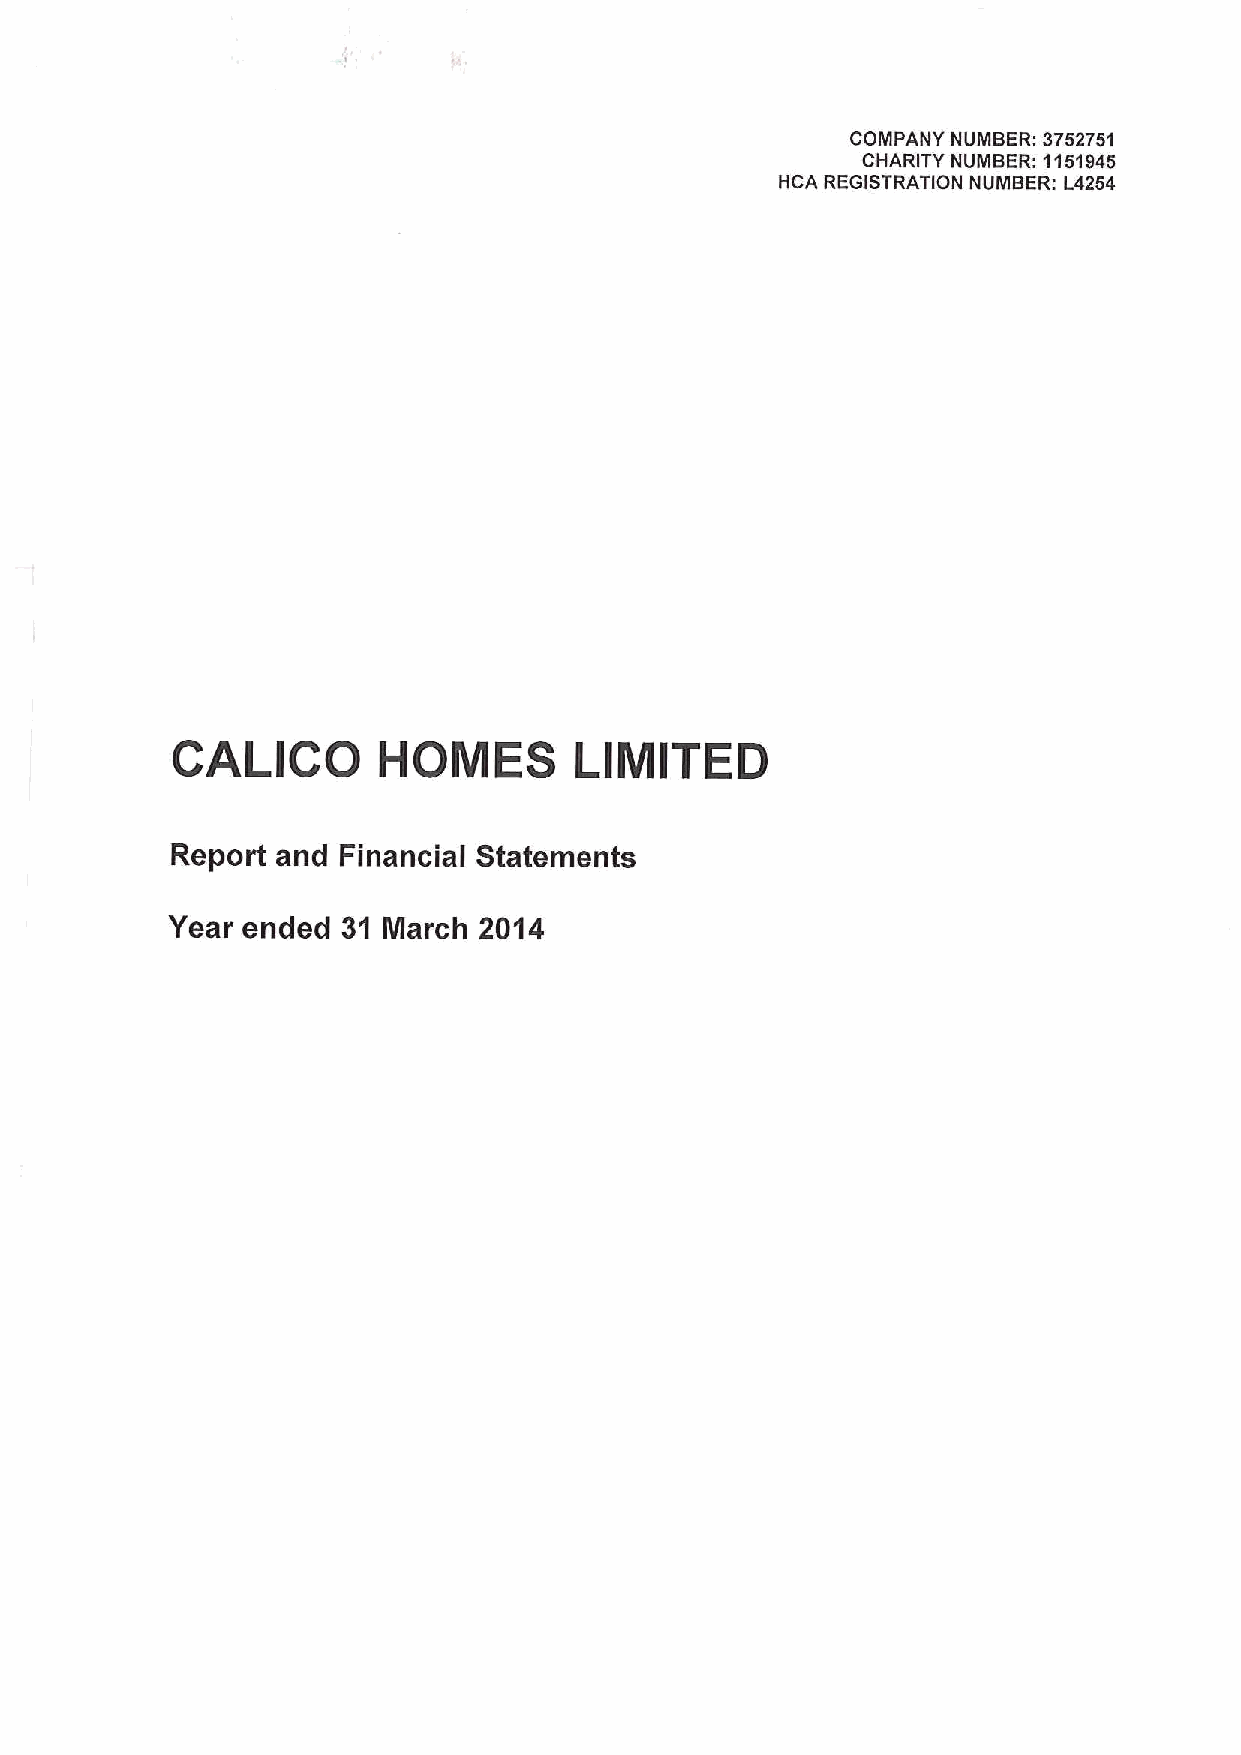
COMPANY NUMBER: 3752751
 CHARITY NUMBER: 1151945
 HCA REGISTRATION NUMBER: L4254
 CALICO        HOMES        LIMITED
 Report and Financial Statements
 Year ended  31 March 2014